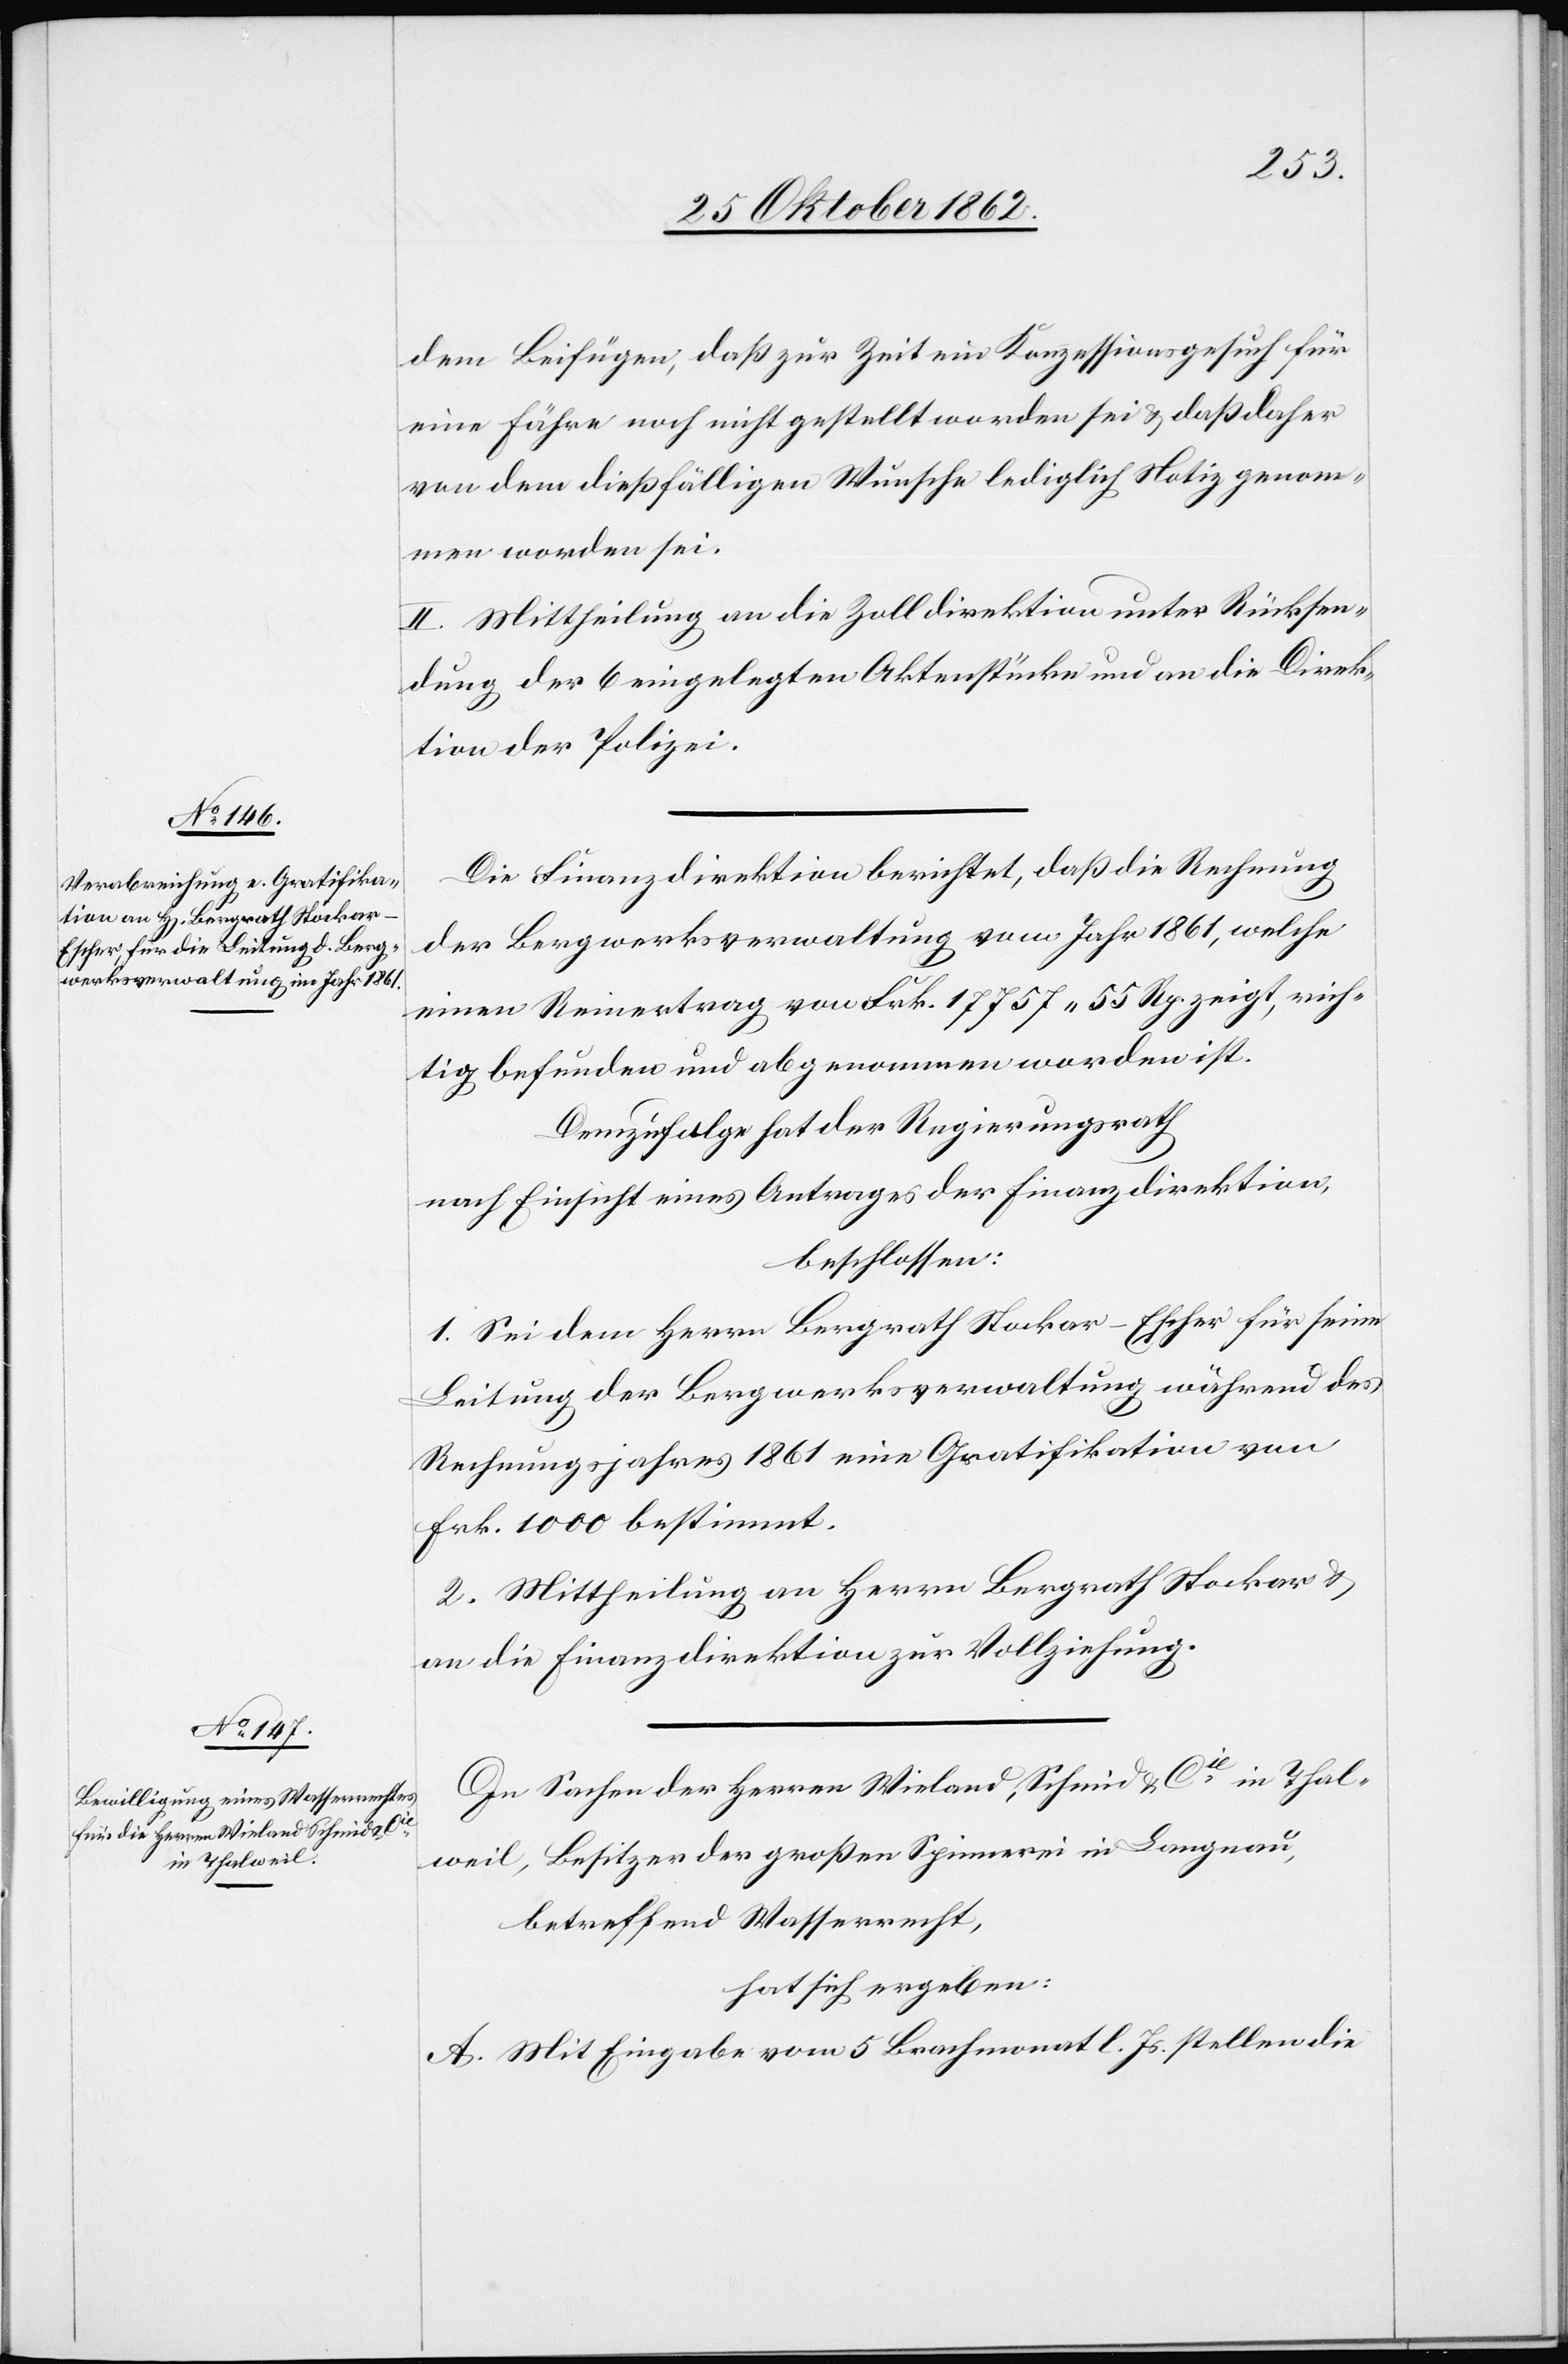
dem Beifügen, daß zur Zeit ein Konzessionsgesuch für
eine Fähre noch nicht gestellt worden sei u. daß daher
von dem dießfälligen Wunsche lediglich Notiz genom¬
men worden sei.
II. Mittheilung an die Zolldirektion unter Rücksen¬
dung der 6 eingelegten Aktenstücke und an die Direk¬
tion der Polizei.
Die Finanzdirektion berichtet, daß die Rechnung
der Bergwerksverwaltung vom Jahr 1861, welche
einen Reinertrag von Frk. 17 757 55 Rp. zeigt, rich¬
tig befunden und abgenommen worden ist.
Demzufolge hat der Regierungsrath
nach Einsicht eines Antrages der Finanzdirektion,
beschlossen;
1. Sei dem Herrn Bergrath Stockar-Escher für seine
Leitung der Bergwerksverwaltung während des
Rechnungsjahres 1861 eine Gratifikation von
Frk. 1000 bestimmt.
2. Mittheilung an Herrn Bergrath Stockar u.
an die Finanzdirektion zur Vollziehung.
In Sachen der Herren Wieland, Schmid u. Cie in Thal¬
weil, Besitzer der großen Spinnerei in Langnau,
betreffend Wasserrecht,
hat sich ergeben:
A. Mit Eingabe vom 5. Brachmonat l. Js. stellen die